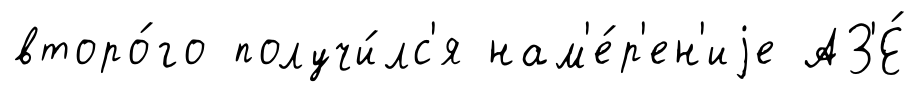
второ́го получи́лс'я нам'е́р'ен'иjе АЗ'Е́